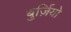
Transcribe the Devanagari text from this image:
बुर्ज़ियो